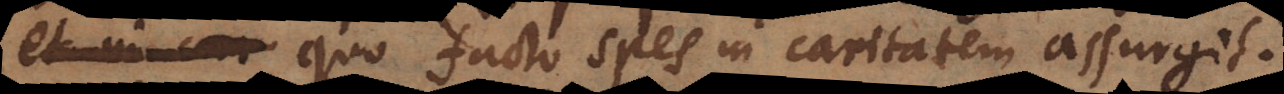
quo facto, spes in caritatem assurgit.